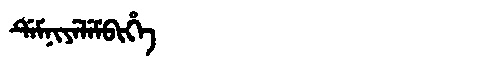
Manchu: ᡩᡝᠮᠨᡳᠶᡝᠯᡝᠮᠪᡳᡥᡝ
Romanization: DEMNIYELEMBIHE